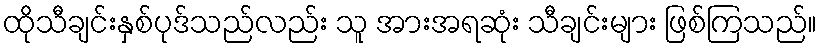
ထိုသီချင်းနှစ်ပုဒ်သည်လည်း သူ အားအရဆုံး သီချင်းများ ဖြစ်ကြသည်။